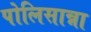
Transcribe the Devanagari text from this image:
पोलिसान्ना